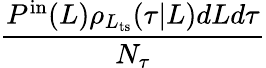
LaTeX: \frac{P^{\mathrm{in}}(L)\rho_{L_{\mathrm{ts}}}(\tau|L)dLd\tau}{N_{\tau}}